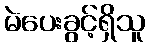
မဲပေးခွင့်ရှိသူ